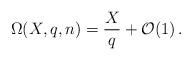
LaTeX: \begin{align*}\Omega(X, q, n)=\frac{X}{q}+\mathcal{O}(1)\,.\end{align*}